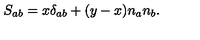
S _ { a b } = x \delta _ { a b } + ( y - x ) n _ { a } n _ { b } .